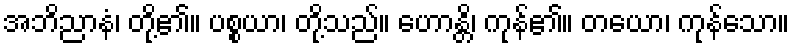
အဘိညာနံ၊ တို့၏။ ပစ္စယာ၊ တို့သည်။ ဟောန္တိ၊ ကုန်၏။ တယော၊ ကုန်သော။